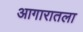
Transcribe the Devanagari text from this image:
आगारातला